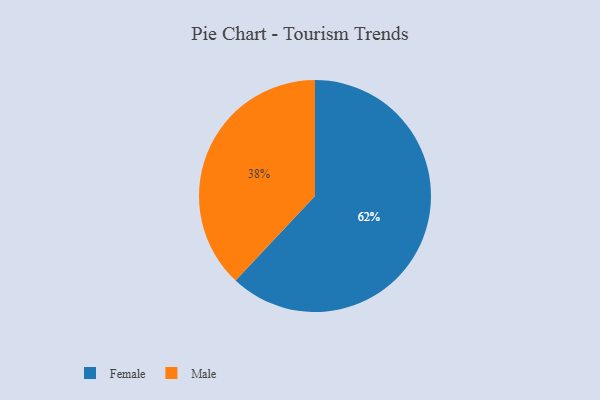
{"axis": {"x": "Category", "y": "Percentage"}, "legend": ["Female", "Male"], "data": [{"x": "Male", "y": 38, "type": "Male"}, {"x": "Female", "y": 62, "type": "Female"}]}